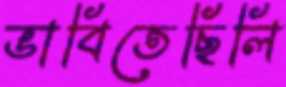
ভাবিতেছিলি